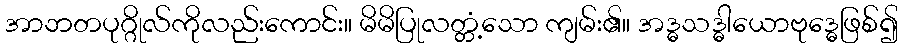
အာဘတပုဂ္ဂိုလ်ကိုလည်းကောင်း။ မိမိပြုလတ္တံ့သော ကျမ်း၏။ အဒ္ဓသဒ္ဓါယောဗုဒ္ဓေဖြစ်၍